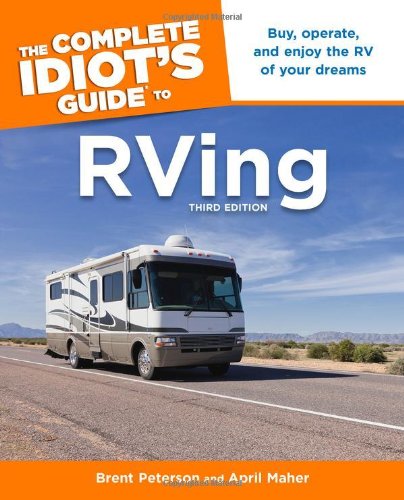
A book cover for The Complete Idiot's Guide to RVing, 3e (Idiot's Guides); Brent Peterson; Travel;